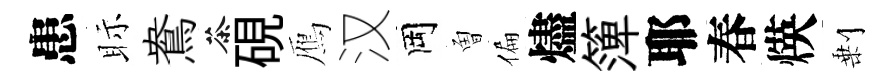
患眎鴦茶硯鴈汉岡曽偏燼𥱼耶春煐剰